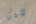
لأخي